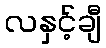
လနှင့်ချီ